Civil Veterinary Dept. Bombay admin report 1932-41 - 1932-1941
Year: 1932
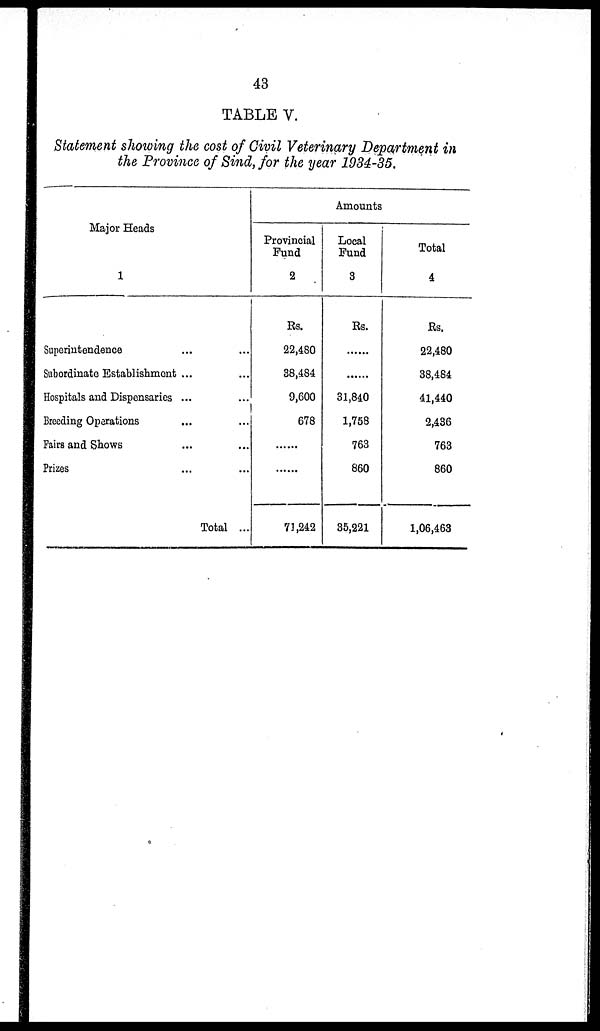
43
TABLE V.
Statement showing the cost of Civil Veterinary Department in
the Province of Sind, for the year 1934-35.
Major Heads
1
Superintendence ... ...
Subordinate Establishment ... ...
Hospitals and Dispensaries ... ...
Breeding Operations ... ...
Fairs and Shows ... ...
Prizes ... ...
Total ...
Amounts
Provincial
Fund
2
Rs.
22,480
38,484
9,600
678
......
......
71,242
Local
Fund
3
Rs.
......
......
31,840
1,758
763
860
35,221
Total
4
Rs.
22,480
38,484
41,440
2,436
763
860
1,06,463